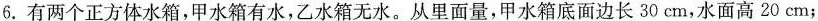
6.有两个正方体水箱，甲水箱有水，乙水箱无水。从里面量，甲水箱底面边长30cm，水面高20cm；